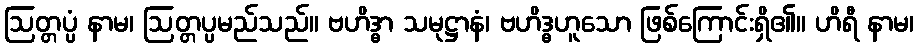
ဩတ္တပ္ပံ နာမ၊ ဩတ္တပ္ပမည်သည်။ ဗဟိဒ္ဓာ သမုဋ္ဌာနံ၊ ဗဟိဒ္ဓဟူသော ဖြစ်ကြောင်းရှိ၏။ ဟိရီ နာမ၊